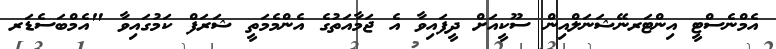
އެމްނެސްޓީ އިންޓަރނޭޝަނަލްއިން ސޫކީއަށް ދީފައިވާ އެ ޖަމާއަތުގެ އެންމެމަތީ ޝަރަފް ކަމުގައިވާ "އެމްބަސެޑަރ